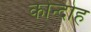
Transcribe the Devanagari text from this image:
कोन्‍दोह